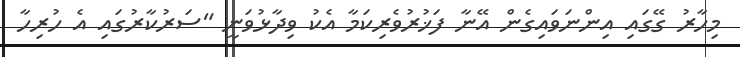
މިހާރު ގޭގައި އިންނަވައިގެން އޭނާ ފަޚުރުވެރިކަމާ އެކު ވިދާޅުވަނީ "ސަރުކާރުގައި އެ ހުރިހާ